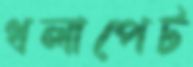
ধলাপেট